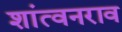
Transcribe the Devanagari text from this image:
शांत्वनराव